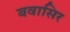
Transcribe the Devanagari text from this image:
बवासिर